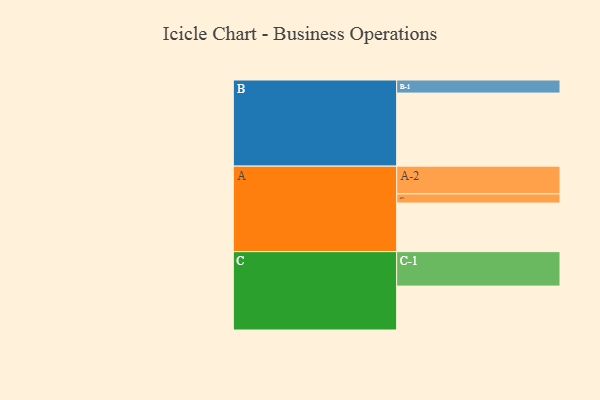
{"axis": {"x": "Segment", "y": "Value"}, "legend": ["", "A", "B", "C"], "data": [{"x": "A", "y": 375, "type": ""}, {"x": "B", "y": 564, "type": ""}, {"x": "C", "y": 339, "type": ""}, {"x": "A-1", "y": 71, "type": "A"}, {"x": "A-2", "y": 214, "type": "A"}, {"x": "B-1", "y": 101, "type": "B"}, {"x": "C-1", "y": 266, "type": "C"}]}